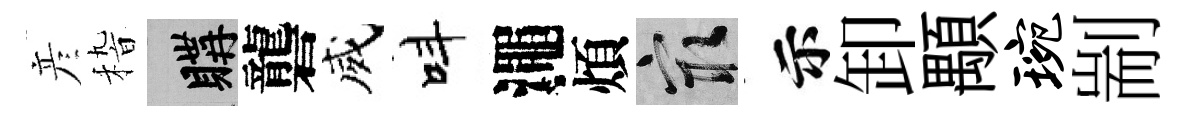
彦𥟵購礱威呌澠煩冣示卸顒琬剬